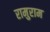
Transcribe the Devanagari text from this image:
रामुराम